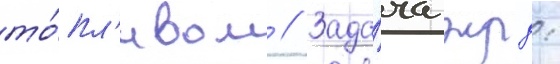
то́пл'ивом // Зада́ча жрд: